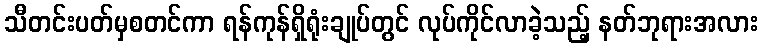
သီတင်းပတ်မှစတင်ကာ ရန်ကုန်ရှိရုံးချုပ်တွင် လုပ်ကိုင်လာခဲ့သည့် နတ်ဘုရားအလား